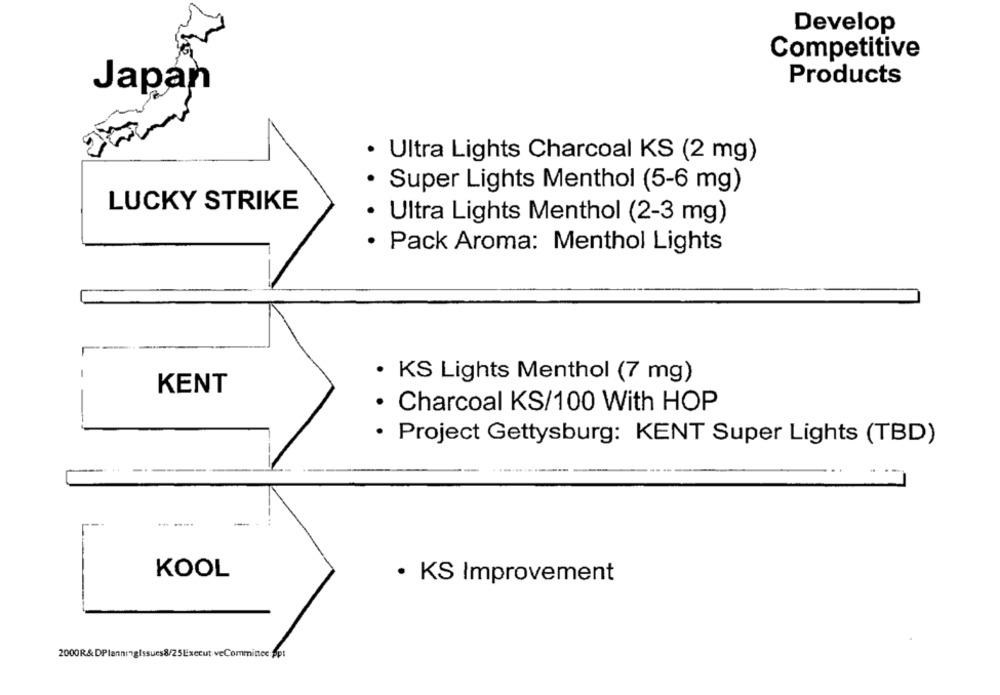
Develop
Competitive
Products
Japan
· Ultra Lights Charcoal KS (2 mg)
· Super Lights Menthol (5-6 mg)
LUCKY STRIKE
· Ultra Lights Menthol (2-3 mg)
· Pack Aroma: Menthol Lights
· KS Lights Menthol (7 mg)
KENT
· Charcoal KS/100 With HOP
· Project Gettysburg: KENT Super Lights (TBD)
KOOL
· KS Improvement
2000R&DPlanningIssues8/25Execut veCommince Apt